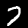
Label: 7